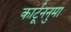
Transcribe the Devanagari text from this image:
कार्टूननुमा